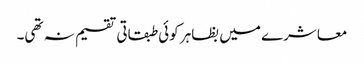
معاشرے میں بظاہر کوئی طبقاتی تقسیم نہ تھی۔